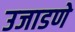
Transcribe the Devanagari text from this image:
उजाडणे